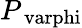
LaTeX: P_{\mathrm{\ varphi}}